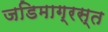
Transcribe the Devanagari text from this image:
जडिमाग्रस्त